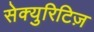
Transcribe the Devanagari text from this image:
सेक्युरिटिज़